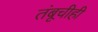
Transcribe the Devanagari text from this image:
तंबूचीही